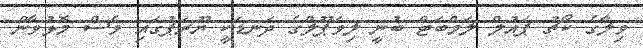
ވިލާގެ ކޯޗު ޕައުލް ލަމްބަޓް ބުނީ ލިވަޕޫލްގެ ދަނޑަކީ ޔޫރަޕުގައި ވެސް މޮޅުވާން